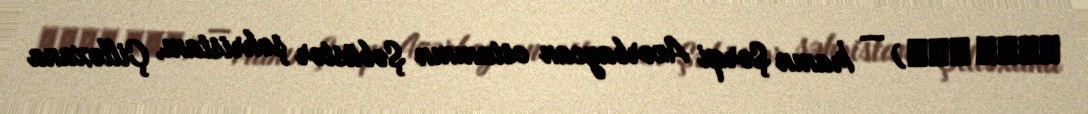
تازه كند) — İranın Şərqi Azərbaycan ostanının Şəbüstər şəhristanı, Çilləxana